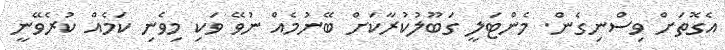
އެގޮތަށް ވިސްނިގެން. މެންޓަލީ ގަބޫލުކުރާކަށް ބޭނުމެއް ނުވޭ ވަކި މިވެނި ކަމެއް ކުރެވޭނީ